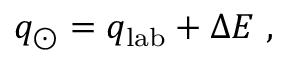
q _ { \odot } = q _ { \mathrm { l a b } } + \Delta E ~ ,